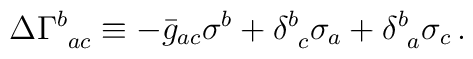
\Delta\Gamma^b_{\ ac} \equiv - \bar g_{ac}\sigma^b +\delta^b_{\ c} \sigma_a +\delta^b_{\ a} \sigma_c\,.